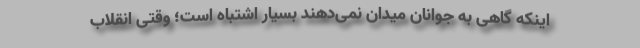
اینکه گاهی به جوانان میدان نمی‌دهند بسیار اشتباه است؛ وقتی انقلاب